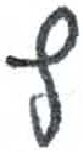
אות: ץ